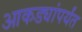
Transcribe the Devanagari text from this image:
आकड्यांपर्यंत